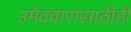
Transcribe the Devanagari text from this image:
उमेदवारांसाठीही